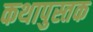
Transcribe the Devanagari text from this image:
कथापुस्तक